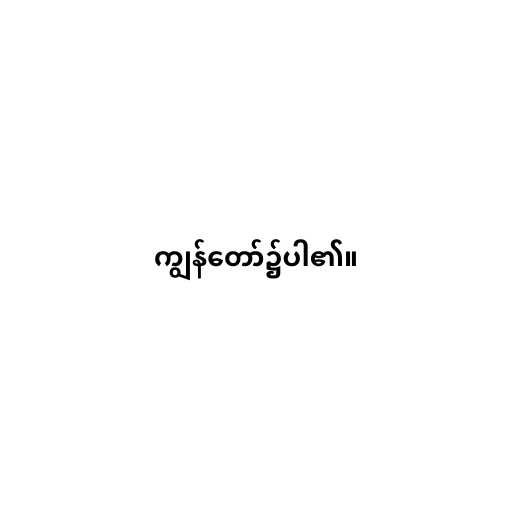
ကျွန်တော်၌ပါ၏။